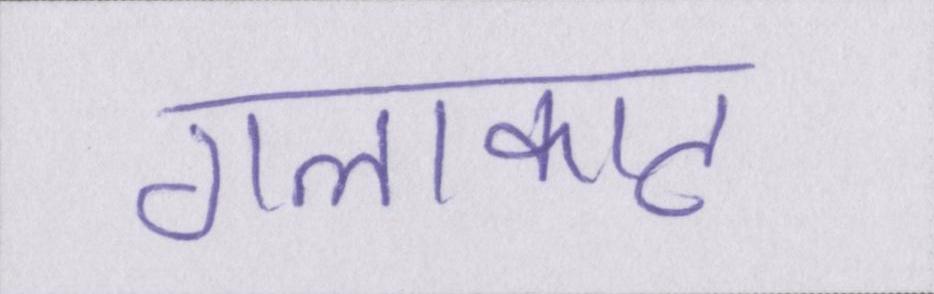
गलाकाट